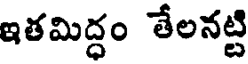
ఇతమిద్ధం తేలనట్టి